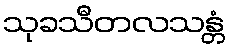
သုခသီတလသန္တံ